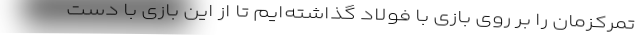
تمرکزمان را بر روی بازی با فولاد گذاشته‌ایم تا از این بازی با دست